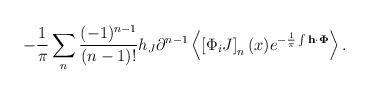
LaTeX: \begin{align*}-\frac{1}{\pi }\sum_{n}^{}\frac{(-1)^{n-1}}{(n-1)!}h_J\partial^{n-1}\left<\left[ \Phi _iJ\right] _n (x) e^{-\frac{1}{\pi}\int {\bf h \cdot\Phi}}\right>.\end{align*}